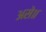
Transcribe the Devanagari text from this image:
असे॥